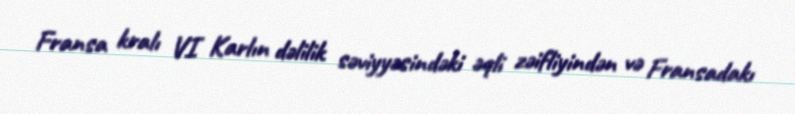
Fransa kralı VI Karlın dəlilik səviyyəsindəki əqli zəifliyindən və Fransadakı